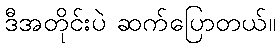
ဒီအတိုင်းပဲ ဆက်ပြောတယ်။